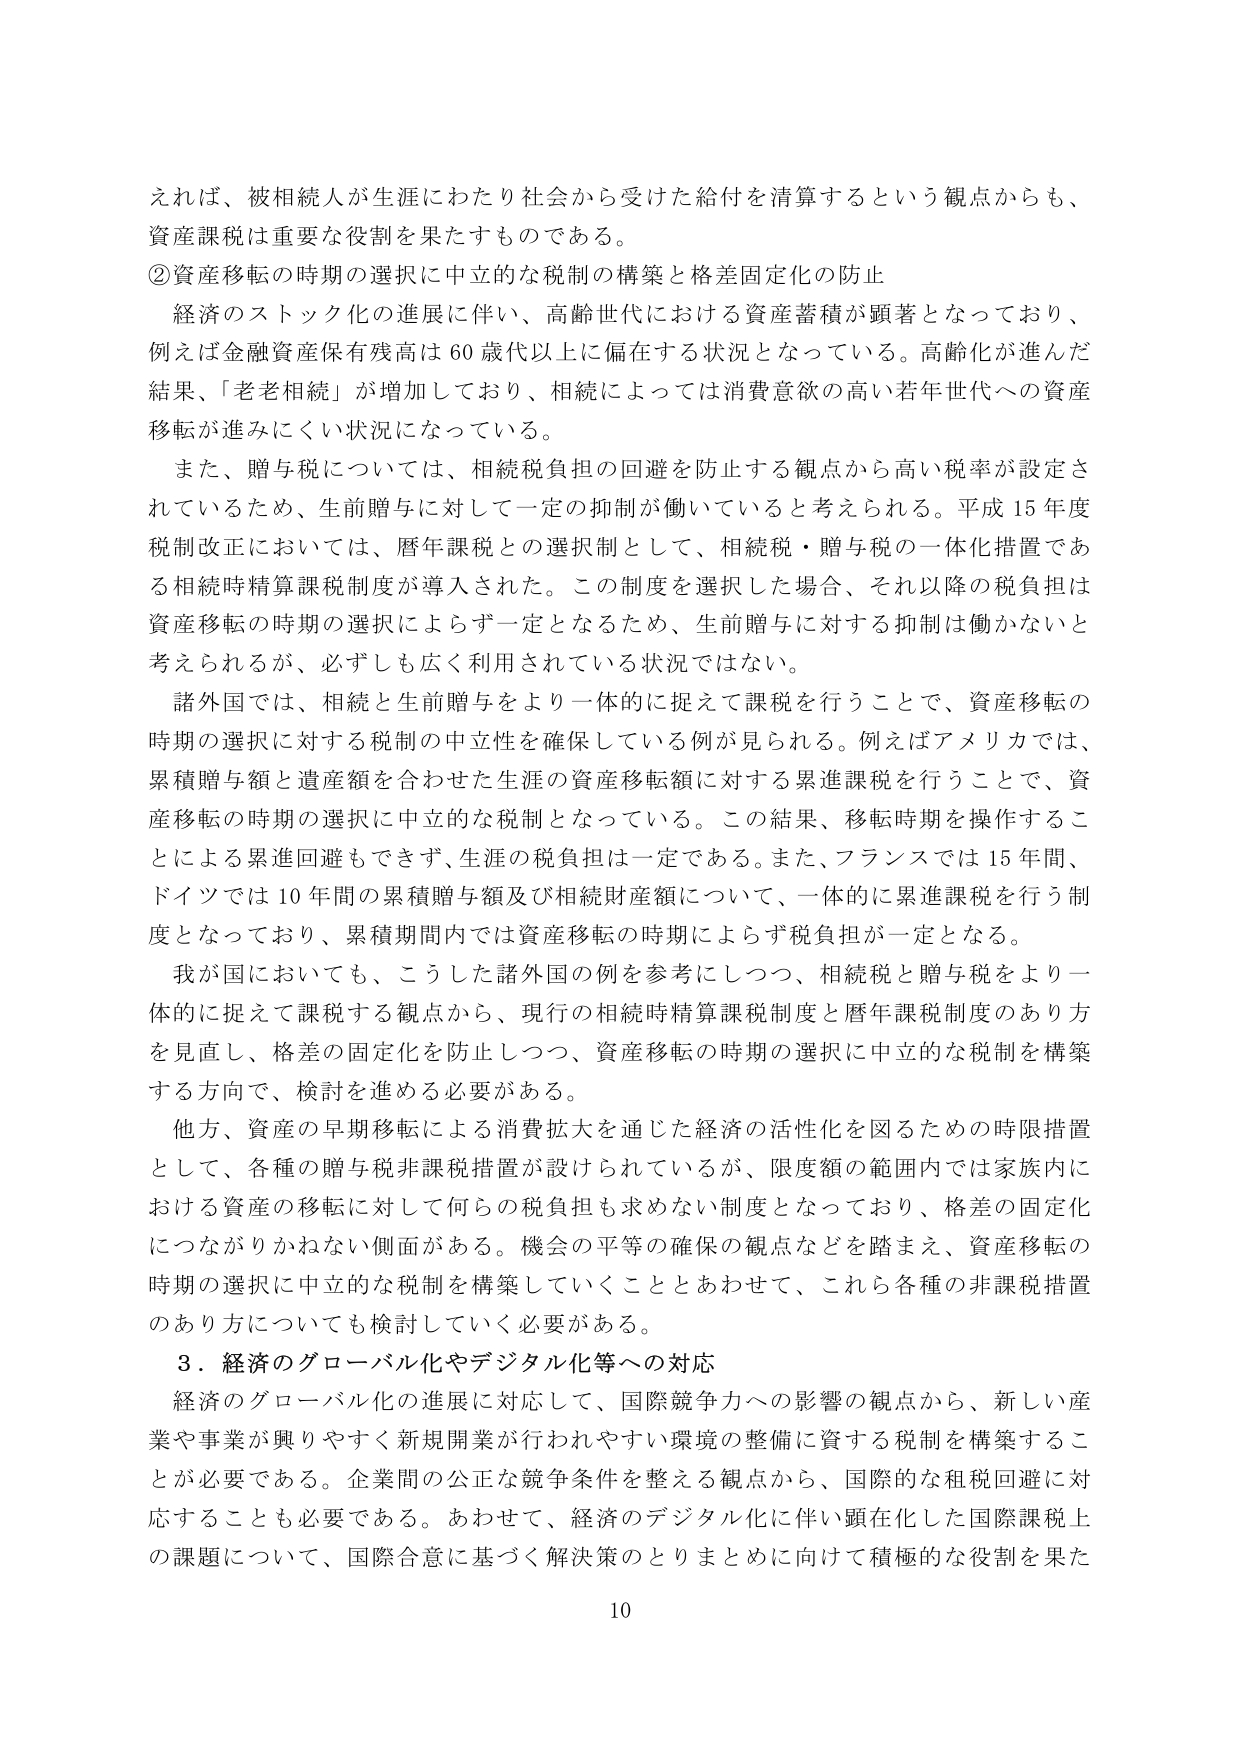
えれば、被相続人が生涯にわたり社会から受けた給付を清算するという観点からも、
資産課税は重要な役割を果たすものである。

②資産移転の時期の選択に中立的な税制の構築と格差固定化の防止

　経済のストック化の進展に伴い、高齢世代における資産蓄積が顕著となっており、
例えば金融資産保有残高は60歳代以上に偏在する状況となっている。高齢化が進んだ
結果、「老老相続」が増加しており、相続によっては消費意欲の高い若年世代への資産
移転が進みにくい状況になっている。

　また、贈与税については、相続税負担の回避を防止する観点から高い税率が設定さ
れているため、生前贈与に対して一定の抑制が働いていると考えられる。平成15年度
税制改正においては、暦年課税との選択制として、相続税・贈与税の一体化措置であ
る相続時精算課税制度が導入された。この制度を選択した場合、それ以降の税負担は
資産移転の時期の選択によらず一定となるため、生前贈与に対する抑制は働かないと
考えられるが、必ずしも広く利用されている状況ではない。

　諸外国では、相続と生前贈与をより一体的に捉えて課税を行うことで、資産移転の
時期の選択に対する税制の中立性を確保している例が見られる。例えばアメリカでは、
累積贈与額と遺産額を合わせた生涯の資産移転額に対する累進課税を行うことで、資
産移転の時期の選択に中立的な税制となっている。この結果、移転時期を操作するこ
とによる累進回避もできず、生涯の税負担は一定である。また、フランスでは15年間、
ドイツでは10年間の累積贈与額及び相続財産額について、一体的に累進課税を行う制
度となっており、累積期間内では資産移転の時期によらず税負担が一定となる。

　我が国においても、こうした諸外国の例を参考にしつつ、相続税と贈与税をより一
体的に捉えて課税する観点から、現行の相続時精算課税制度と暦年課税制度のあり方
を見直し、格差の固定化を防止しつつ、資産移転の時期の選択に中立的な税制を構築
する方向で、検討を進める必要がある。

　他方、資産の早期移転による消費拡大を通じた経済の活性化を図るための時限措置
として、各種の贈与税非課税措置が設けられているが、限度額の範囲内では家族内に
おける資産の移転に対して何らの税負担も求めない制度となっており、格差の固定化
につながりかねない側面がある。機会の平等の確保の観点などを踏まえ、資産移転の
時期の選択に中立的な税制を構築していくこととあわせて、これら各種の非課税措置
のあり方についても検討していく必要がある。

３．経済のグローバル化やデジタル化等への対応

　経済のグローバル化の進展に対応して、国際競争力への影響の観点から、新しい産
業や事業が興りやすく新規開業が行われやすい環境の整備に資する税制を構築するこ
とが必要である。企業間の公正な競争条件を整える観点から、国際的な租税回避に対
応することも必要である。あわせて、経済のデジタル化に伴い顕在化した国際課税上
の課題について、国際合意に基づく解決策のとりまとめに向けて積極的な役割を果た

10